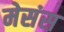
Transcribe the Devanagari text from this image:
मेसंस